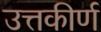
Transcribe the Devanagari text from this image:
उत्तकीर्ण